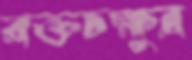
রক্তচক্ষুর